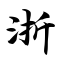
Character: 浙